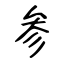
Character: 参